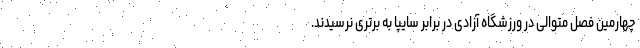
چهارمین فصل متوالی در ورزشگاه آزادی در برابر سایپا به برتری نرسیدند.